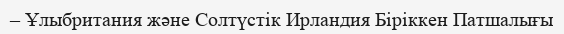
– Ұлыбритания және Солтүстік Ирландия Біріккен Патшалығы